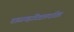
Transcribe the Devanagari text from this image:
शाळामहाविद्यालयांतील